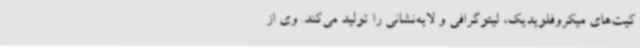
کیت‌های میکروفلویدیک، لیتوگرافی و لایه‌نشانی را تولید می‌کند. وی از